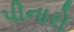
પીનારો